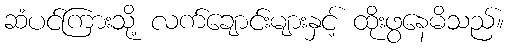
ဆံပင်ကြားသို့ လက်ချောင်းများနှင့် ထိုးဖွနေမိသည်။